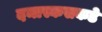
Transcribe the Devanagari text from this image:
दमास्कसकडे